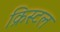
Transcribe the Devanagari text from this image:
क्रिस्‍टल